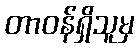
တာဝန်ရှိသူမှ